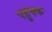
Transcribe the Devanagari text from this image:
पहुंक्क